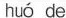
huó de